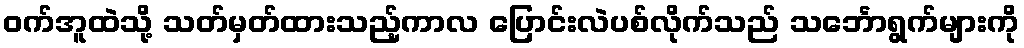
ဝက်အူထဲသို့ သတ်မှတ်ထားသည့်ကာလ ပြောင်းလဲပစ်လိုက်သည် သင်္ဘောရွက်များကို